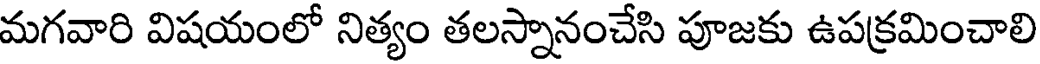
మగవారి విషయంలో నిత్యం తలస్నానంచేసి పూజకు ఉపక్రమించాలి